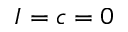
I = c = 0